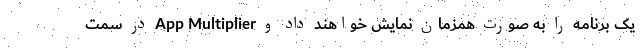
یک برنامه را به صورت همزمان نمایش خواهند داد و App Multiplier در سمت